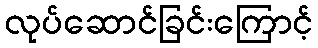
လုပ်ဆောင်ခြင်းကြောင့်